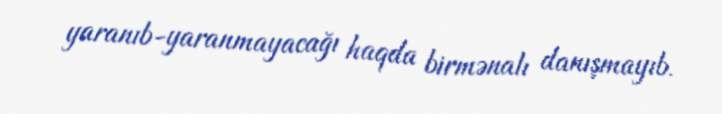
yaranıb-yaranmayacağı haqda birmənalı danışmayıb.